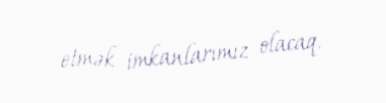
etmək imkanlarımız olacaq.